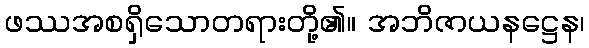
ဖဿအစရှိသောတရားတို့၏။ အဘိဇာယနဋ္ဌေန၊